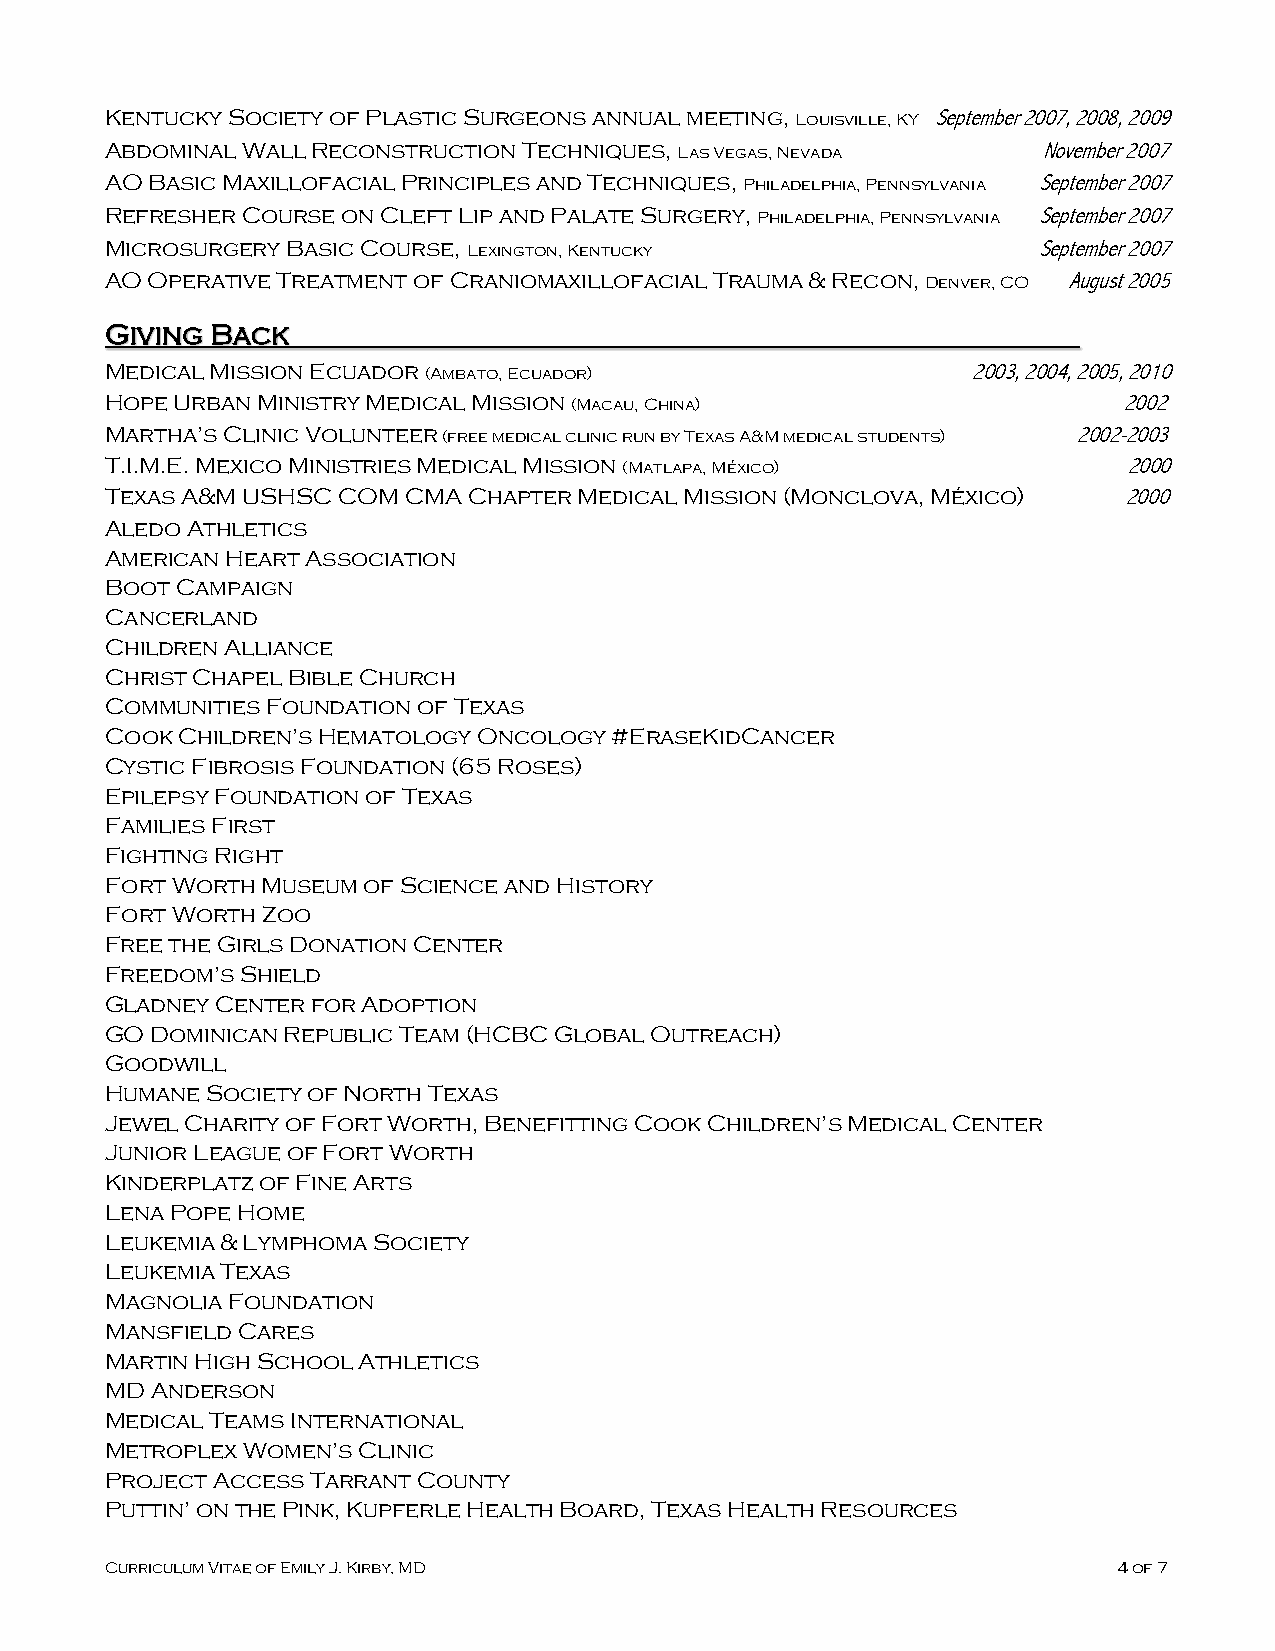
Kentucky Society of Plastic Surgeons annual meeting, Louisville, KY September 2007, 2008, 2009
 Abdominal Wall Reconstruction Techniques, Las Vegas, Nevada   November 2007
 AO Basic Maxillofacial Principles and Techniques, Philadelphia, Pennsylvania September 2007
 Refresher Course on Cleft Lip and Palate Surgery, Philadelphia, Pennsylvania September 2007
 Microsurgery Basic Course, Lexington, Kentucky                September 2007
 AO Operative Treatment of Craniomaxillofacial Trauma & Recon, Denver, CO August 2005
 Giving Back
 Medical Mission Ecuador (Ambato, Ecuador)                2003, 2004, 2005, 2010
 Hope Urban Ministry Medical Mission (Macau, China)                 2002
 Martha’s Clinic Volunteer (free medical clinic run by Texas A&M medical students) 2002-2003
 T.I.M.E. Mexico Ministries Medical Mission (Matlapa, México)        2000
 Texas A&M USHSC COM CMA Chapter Medical Mission (Monclova, México) 2000
 Aledo Athletics
 American Heart Association
 Boot Campaign
 Cancerland
 Children Alliance
 Christ Chapel Bible Church
 Communities Foundation of Texas
 Cook Children’s Hematology Oncology #EraseKidCancer
 Cystic Fibrosis Foundation (65 Roses)
 Epilepsy Foundation of Texas
 Families First
 Fighting Right
 Fort Worth Museum of Science and History
 Fort Worth Zoo
 Free the Girls Donation Center
 Freedom’s Shield
 Gladney Center for Adoption
 GO Dominican Republic Team (HCBC Global Outreach)
 Goodwill
 Humane Society of North Texas
 Jewel Charity of Fort Worth, Benefitting Cook Children’s Medical Center
 Junior League of Fort Worth
 Kinderplatz of Fine Arts
 Lena Pope Home
 Leukemia & Lymphoma Society
 Leukemia Texas
 Magnolia Foundation
 Mansfield Cares
 Martin High School Athletics
 MD Anderson
 Medical Teams International
 Metroplex Women’s Clinic
 Project Access Tarrant County
 Puttin’ on the Pink, Kupferle Health Board, Texas Health Resources
 Curriculum Vitae of Emily J. Kirby, MD                             4 of 7